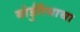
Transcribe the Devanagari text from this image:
बोर्डुरियाचा